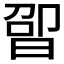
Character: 𬁤